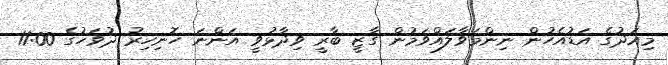
މިއަދުގެ އަޑުއެހުން ނިންމަވާލައްވަމުން ގާޒީ ބާރީ ވިދާޅުވީ އަންނަ ހޮނިހިރު ދުވަހުގެ 11:00